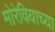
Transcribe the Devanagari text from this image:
मोरेवियाच्या